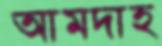
আমদাহ